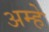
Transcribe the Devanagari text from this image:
अम्हे